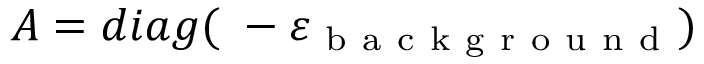
A = d i a g ( \mathbf { \varepsilon } - \varepsilon _ { \mathrm { ~ b ~ a ~ c ~ k ~ g ~ r ~ o ~ u ~ n ~ d ~ } } )